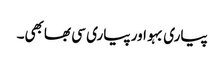
پیاری بہو اور پیاری سی بھابھی۔